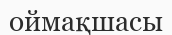
оймақшасы